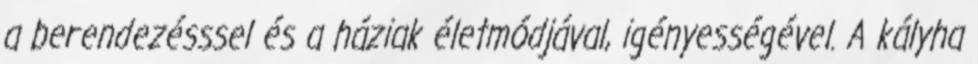
a berendezésssel és a háziak életmódjával, igényességével. A kályha